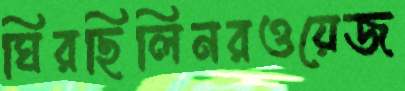
ঘিরছিলিনরওয়েজ